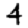
Digit: 4